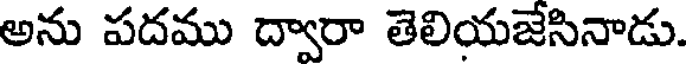
అను పదము ద్వారా తెలియజేసినాడు.